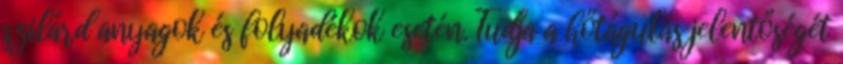
szilárd anyagok és folyadékok esetén. Tudja a hőtágulás jelentőségét